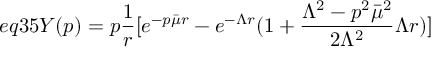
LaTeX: e q 3 5 Y ( p ) = p \frac { 1 } { r } [ e ^ { - p \bar { \mu } r } - e ^ { - \Lambda r } ( 1 + \frac { \Lambda ^ { 2 } - p ^ { 2 } \bar { \mu } ^ { 2 } } { 2 \Lambda ^ { 2 } } \Lambda r ) ]